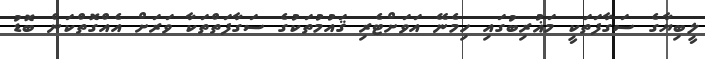
ލީބިޔާގެ ސަގާފަތަކީ މަޣުރިބުގައި ހިމެނޭ އަވަށްޓެރި ޤައުމުތަކުގެ ސަގާފަތްތަކާ ވަރަށް އެއްގޮތްކަން ބޮޑު